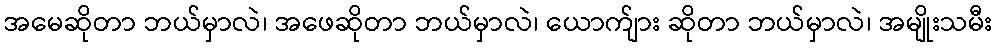
အမေဆိုတာ ဘယ်မှာလဲ၊ အဖေဆိုတာ ဘယ်မှာလဲ၊ ယောက်ျား ဆိုတာ ဘယ်မှာလဲ၊ အမျိုးသမီး